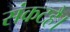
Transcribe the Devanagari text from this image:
संकटहै।